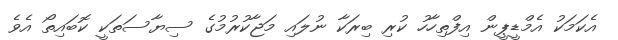
އެކަމަކު އެމްޑީޕީން އިފްތިހާހު ކުރި ބިރަކާ ނުލައި މަޖާކުރުމުގެ ސިޔާސަތަކީ ކޮބައިތޯ އެވެ